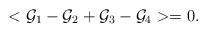
LaTeX: \begin{align*}<{\cal G}_1-{\cal G}_2+{\cal G}_3-{\cal G}_4>=0.\end{align*}